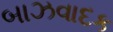
બાઝવાદક